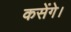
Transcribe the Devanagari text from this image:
कसेंगे।